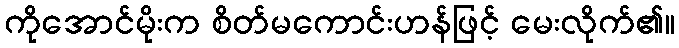
ကိုအောင်မိုးက စိတ်မကောင်းဟန်ဖြင့် မေးလိုက်၏။